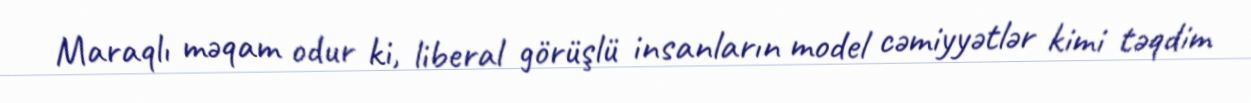
Maraqlı məqam odur ki, liberal görüşlü insanların model cəmiyyətlər kimi təqdim